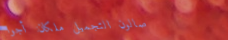
صالون التجميل ملكان: أجوا